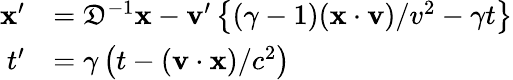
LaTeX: {\begin{array}{c}{{\begin{array}{rl}{\mathbf{x}^{\prime}}&{={\mathfrak{D}}^{-1}\mathbf{x}-\mathbf{v}^{\prime}\left\{ \left(\gamma-1\right)(\mathbf{x\cdot v})/v^{2}-\gamma t\right\} }\\ {t^{\prime}}&{=\gamma\left(t-(\mathbf{v}\cdot\mathbf{x})/c^{2}\right)}\end{array}}}\end{array}}